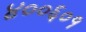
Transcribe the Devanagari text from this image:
४००६०१